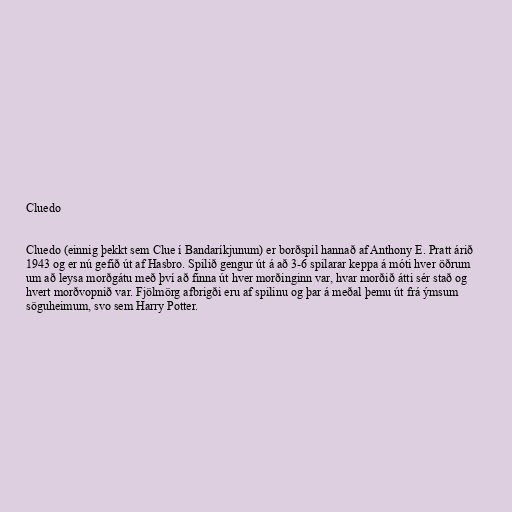
Cluedo

Cluedo (einnig þekkt sem Clue í Bandaríkjunum) er borðspil hannað af Anthony E. Pratt árið
1943 og er nú gefið út af Hasbro. Spilið gengur út á að 3-6 spilarar keppa á móti hver öðrum
um að leysa morðgátu með því að finna út hver morðinginn var, hvar morðið átti sér stað og
hvert morðvopnið var. Fjölmörg afbrigði eru af spilinu og þar á meðal þemu út frá ýmsum
söguheimum, svo sem Harry Potter.